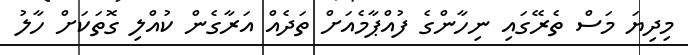
މިދިޔަ މަސް ތެރޭގައި ނިހާންގެ ފުއްޕާމެއަށް ތަދެއް އަރާގެން ކުއްލި ގޮތަކަށް ހާލު